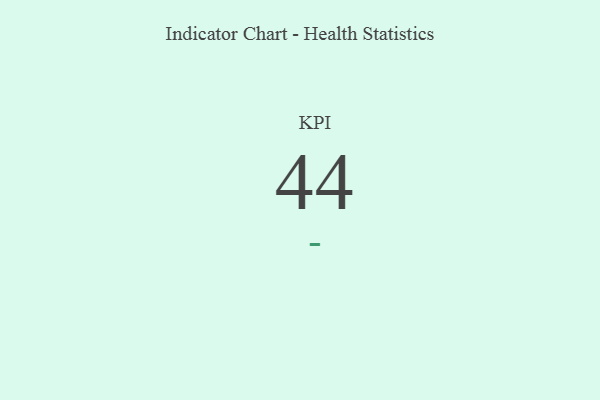
{"axis": {"x": "KPI", "y": "Value"}, "legend": [""], "data": [{"x": "KPI", "y": 44, "type": ""}]}